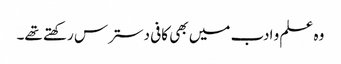
وہ علم و ادب میں بھی کافی دسترس رکھتے تھے۔